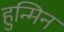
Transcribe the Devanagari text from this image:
हुन्मिन